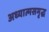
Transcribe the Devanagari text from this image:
अध्यात्मसमृद्ध